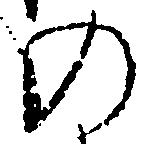
の